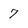
Character: 7